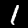
Label: 1